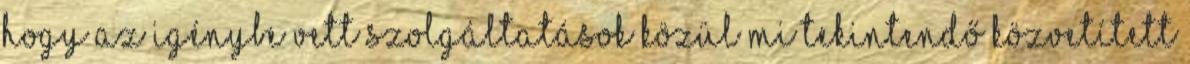
hogy az igénybe vett szolgáltatások közül mi tekintendő közvetített